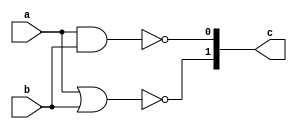
module nor_nand_gates(input a,b,output [1:0]c);
    nand x(c[0],a,b);
    nor y(c[1],a,b);
endmodule
module test_gates;
    reg a,b;
    wire [1:0]c;
    nor_nand_gates obj(a,b,c);
    initial
    begin
        $dumpfile("norNand_test.vcd");
        $dumpvars(0,test_gates);
        a=1'b0;
        b=1'b0;
            #20;
        a=1'b0;
        b=1'b1;
            #20;
        a=1'b1;
        b=1'b0;
            #20;
        a=1'b1;
        b=1'b1;
            #20;
    end
endmodule